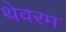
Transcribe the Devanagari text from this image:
थेवरम